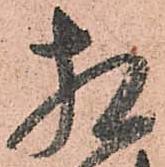
相